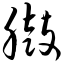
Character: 臌